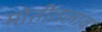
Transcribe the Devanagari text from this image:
मोतीतलाव